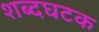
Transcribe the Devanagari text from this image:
शब्दघटक